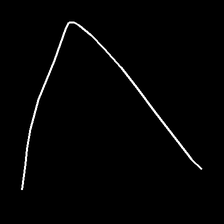
Glyph: region